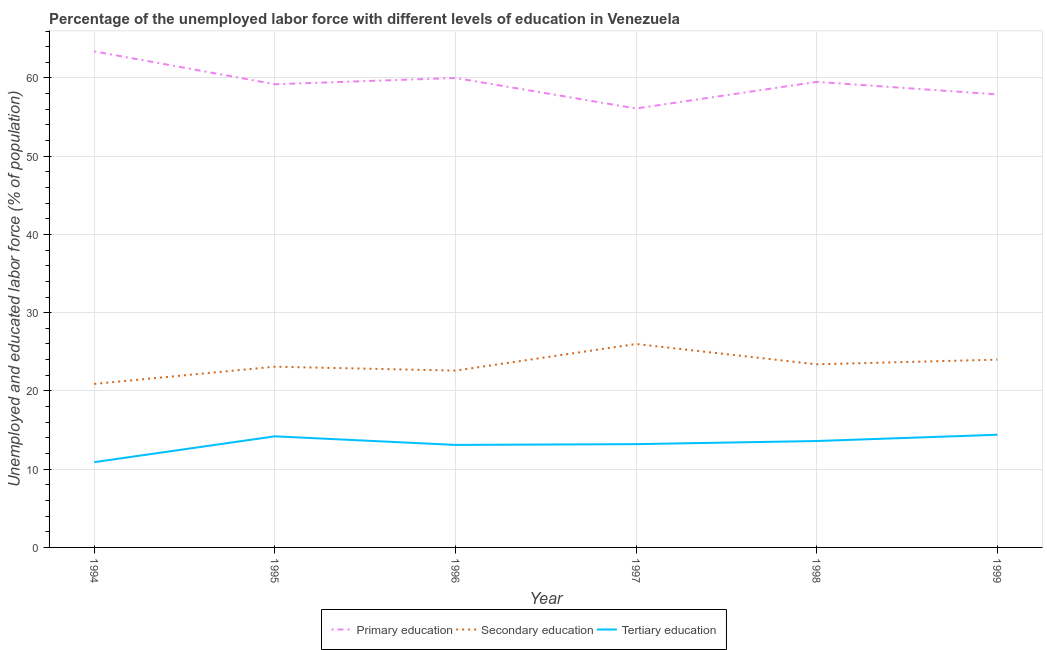
| Year | Primary education | Secondary education | Tertiary education |
 | --- | --- | --- | --- |
 | 1994 | 63.4 | 20.9 | 10.9 |
 | 1995 | 59.2 | 23.1 | 14.2 |
 | 1996 | 60 | 22.6 | 13.1 |
 | 1997 | 56.1 | 26 | 13.2 |
 | 1998 | 59.5 | 23.4 | 13.6 |
 | 1999 | 57.9 | 24 | 14.4 |